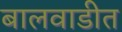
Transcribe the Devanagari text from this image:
बालवाडीत